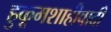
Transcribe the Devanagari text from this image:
हुकूमशाहीवादी